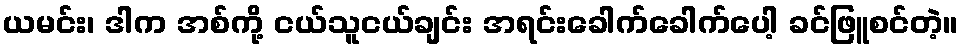
ယမင်း၊ ဒါက အစ်ကို့ ငယ်သူငယ်ချင်း အရင်းခေါက်ခေါက်ပေါ့ ခင်ဖြူစင်တဲ့။